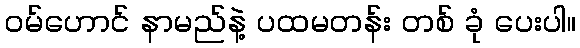
ဝမ်ဟောင် နာမည်နဲ့ ပထမတန်း တစ် ခုံ ပေးပါ။